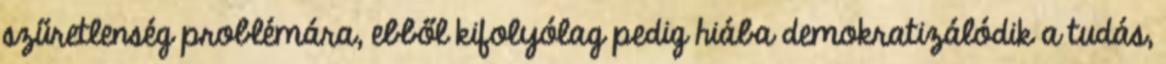
szűretlenség problémára, ebből kifolyólag pedig hiába demokratizálódik a tudás,